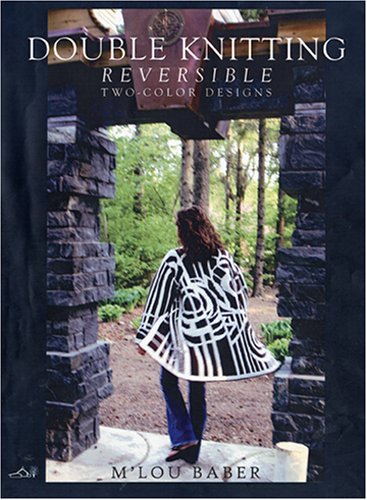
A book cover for Double Knitting: Reversible Two-Color Designs; M'Lou Baber; Crafts, Hobbies & Home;